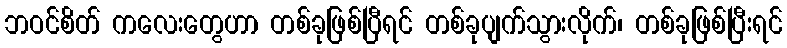
ဘဝင်စိတ် ကလေးတွေဟာ တစ်ခုဖြစ်ပြီရင် တစ်ခုပျက်သွားလိုက်၊ တစ်ခုဖြစ်ပြီးရင်